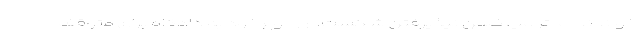
خواندند اما ترامپ ضمن نپذیرفتن شکست، از رجوع خود به دادگاه برای متوقف